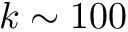
k \sim 1 0 0